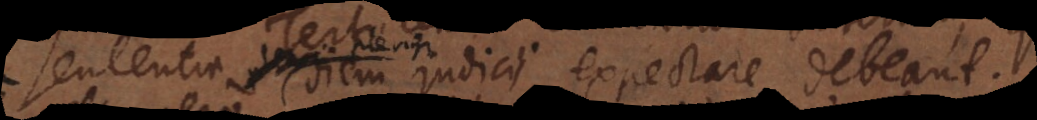
vero diem judicii expectare debeant.